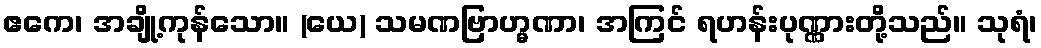
ဧကေ၊ အချို့ကုန်သော။ (ယေ) သမဏဗြာဟ္မဏာ၊ အကြင် ရဟန်းပုဏ္ဏားတို့သည်။ သုရံ၊